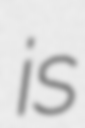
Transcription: is